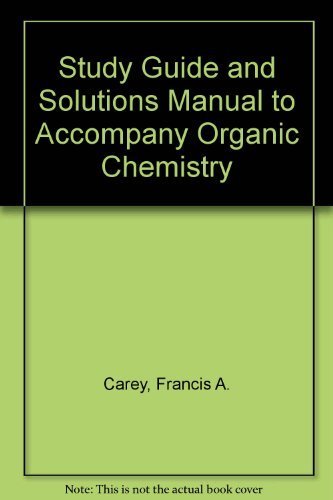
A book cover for Study Guide and Solutions Manual to Accompany Organic Chemistry 3rd edition by Carey, Francis A., Atkins, Robert C., M.D. (1995) Paperback; Francis A., Atkins, Robert C., M.D. Carey; Health, Fitness & Dieting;